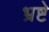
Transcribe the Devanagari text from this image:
भ्रष्टे